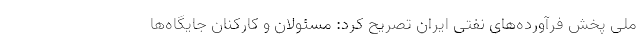
ملی پخش فرآورده‌های نفتی ایران تصریح کرد: مسئولان و کارکنان جایگاه‌ها